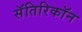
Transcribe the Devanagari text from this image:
सॅतिरिकॉन